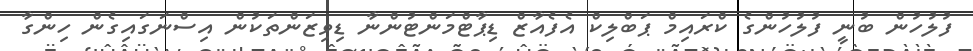
ފުލުހުން ބުނީ ފުލުހުންގެ ކްރައިމް ޕަބްލިކް އެފެއާޒް ޑިޕާޓްމަންޓުންނާ ޑިވިޒަންތަކުން އިސްނަގައިގެން ހިންގާ